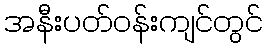
အနီးပတ်ဝန်းကျင်တွင်